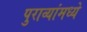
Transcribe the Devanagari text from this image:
पुराव्यांमध्ये